Report of the Hyderabad Chloroform Commission
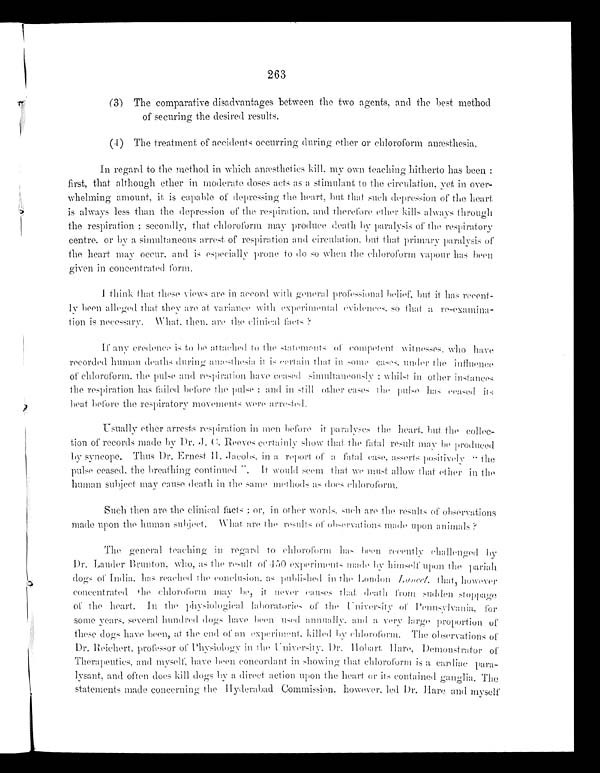
263
(3) The comparative disadvantages between the two agents, and the best method
of securing the desired results.
(4) The treatment of accidents occurring during ether or chloroform anæsthesia.
In regard to the method in which anæstheties kill, my own teaching hitherto has been:
first, that although ether in moderate doses acts as a stimulant to the circulation, yet in over--
whelming amount, it is capable of depressing the heart, but that such depression of the heart
is always less than the depression of the respiration, and therefore ether kills always through
the respiration; secondly, that chloroform may produce death by paralysis of the respiratory
c e n t r e , o r b y a s i m u l t a n e o u s a r r e s t o f r e s p i r a t i o n a n d c i r c u l a t i o n , b u t t h a t p r i m a r y p a r a l y s i s o f
t he he a r t ma y oc c ur , a nd i s e s pe c i a l l y pr one t o do s o whe n t he c hl or of or m va pour ha s be e n
given in concentrated form.
I think that these views are in accord with general professional belief, but it has recent
-ly been alleged that they are at variance with experimental evidences, so that a re-examina--
tion is necessary. What then are the clinical facts?
If any credence is to be attached to the statements of competent witnesses, who have
recorded human deaths during anæsthesia it is certain that in some cases, under the influen
ce of chloroform, the pulse and respiration have ceased simultaneously: whilst in other instances
the respiration has failed before the pulse: and in still other cases the pulse has ceased its
beat before the respiratory movements were arrested.
Usually ether arrests respiration in men before it paralyses the heart, but the collec--
tion of records made by Dr.
J. Reeves certainly show that the fatal result may be produced
by syncope. Thus Dr. Ernest H. Jacobs, in a report of a fatal positively
pulse ceased, the breathing continued". It would seem that we must allow that ether in the
human subject may cause death in the same methods as does chloroform.
Such then are the clinical facts; or, in other words, such are the results of observations
made upon the human subject. What are the results of observations made upon animals
?
The general teaching in regard to chloroform has been recently challenged by
Dr. Lauder Brunton, who, as the result of 450 experiments made by himself upon the pariah
dogs of India, has reached the conclusion, as published in the London Lancet,
that however concentrated the chloroform may be, it never causes that death from sudden stoppa
ge of the heart. In the physiological laboratories of the University of Pennsylvania, for
some years, several hundred dogs have been used annually, and a very large proportion of
these dogs have been, at the end of an experiment, killed by chloroform. The observations of
Dr. Reichert, professor of Physiology in the University. Dr . Hobart Hare, Demonstrator o
f Therapeutics, and myself, have been concordant in showing that chloroform is a cardiac para--
lysant, and often does kill dogs by a direct action upon the heart or its contained ganglia. The
statements made concerning the Hyderabad Commission, however, led Dr. Hare and myself